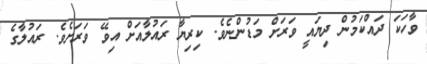
ވާހަކަ ދައްކަމުން ދިޔައީ ވަރަށް މަޑުންނެވެ. ކިރިޔާ ރައުލާއަށް އިވޭ ވަރަށެވެ. ރައުލާގެ